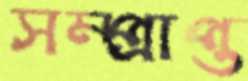
সম্প্রাপ্ত